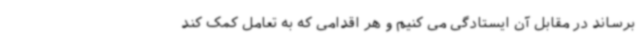
برساند در مقابل آن ایستادگی می کنیم و هر اقدامی که به تعامل کمک کند